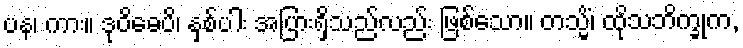
ပန၊ ကား။ ဒုဝိဓေပိ၊ နှစ်ပါး အပြားရှိသည်လည်း ဖြစ်သော။ တသ္မိံ၊ ထိုသဘိက္ခုက,